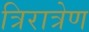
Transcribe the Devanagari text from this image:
त्रिरात्रेण